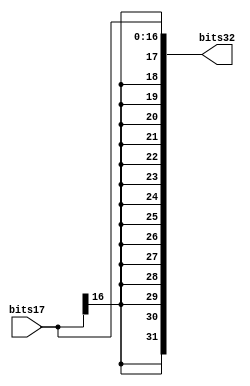
module SX(
	bits17,bits32
);
	input [16:0] bits17;
	output [31:0] bits32;

	assign bits32[16:0]=bits17;
	
	genvar i;
	generate for (i=17;i<32;i=i+1) begin:SX_loop
	  assign bits32[i]=bits17[16];
	end
	endgenerate
	
endmodule